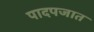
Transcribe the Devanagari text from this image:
पादपजात